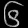
Digit: ၆